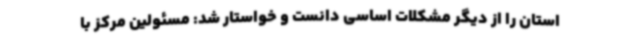
استان را از دیگر مشکلات اساسی دانست و خواستار شد: مسئولین مرکز با